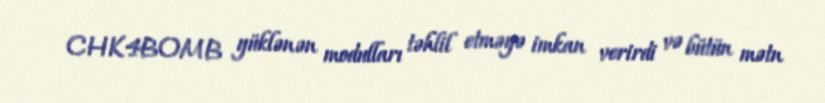
CHK4BOMB yüklənən modulları təhlil etməyə imkan verirdi və bütün mətn